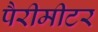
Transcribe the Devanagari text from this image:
पैरीमीटर